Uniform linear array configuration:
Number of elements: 16
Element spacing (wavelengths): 0.25
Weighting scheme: blackman
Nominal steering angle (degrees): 60
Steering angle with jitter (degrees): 60.688
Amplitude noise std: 0.05
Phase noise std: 0.05

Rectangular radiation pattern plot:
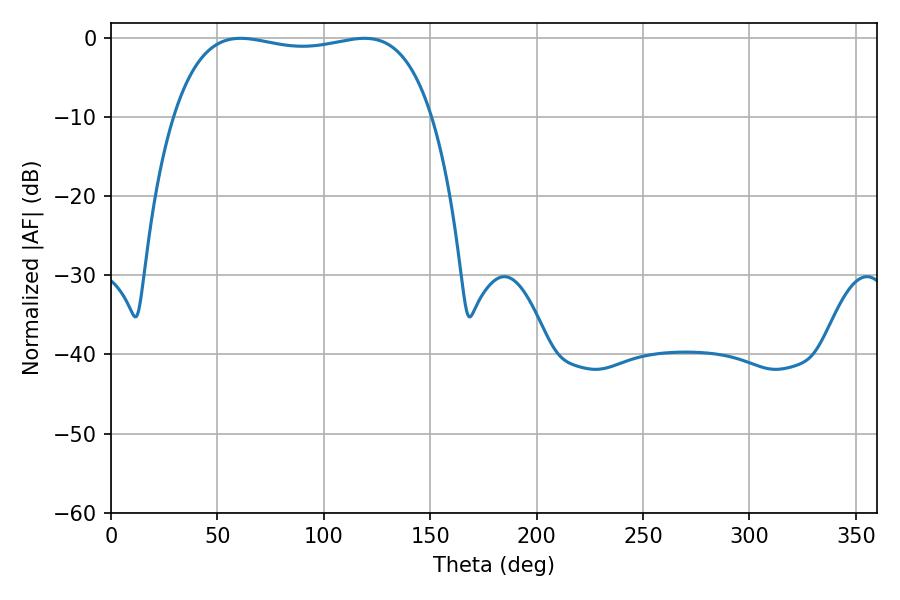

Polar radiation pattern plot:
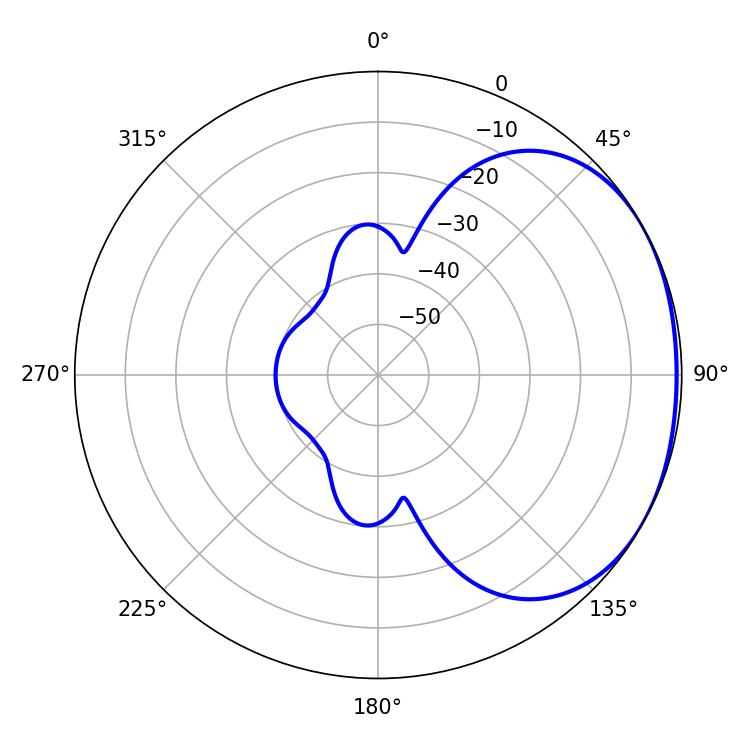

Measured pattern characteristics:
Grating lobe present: FALSE
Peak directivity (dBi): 1.597
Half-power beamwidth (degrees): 97.56
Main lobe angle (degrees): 60.84